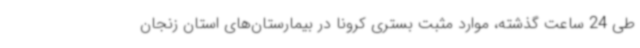
طی 24 ساعت گذشته، موارد مثبت بستری کرونا در بیمارستان‌های استان زنجان